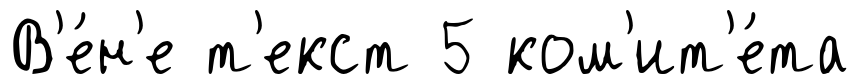
В'е́н'е т'екст 5 ком'ит'е́та